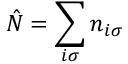
\hat { N } = \sum _ { i \sigma } n _ { i \sigma }